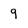
Character: 9